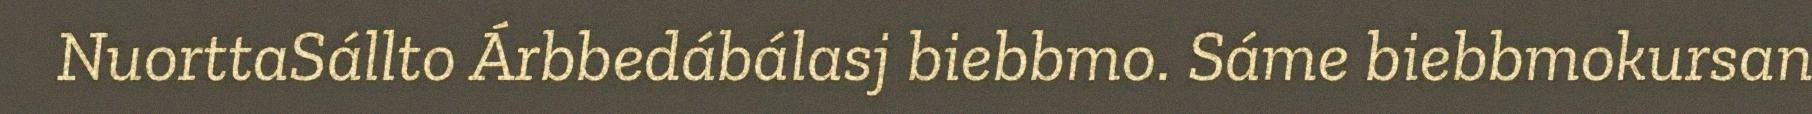
NuorttaSállto Árbbedábálasj biebbmo. Sáme biebbmokursan